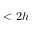
< 2 h